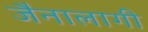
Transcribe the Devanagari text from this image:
जैनालागी